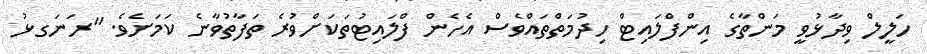
ހަލީލް ވިދާޅުވީ މަންތާގެ އިންފްލައިޓް ހިދުމަތްތައްވެސް އެހެން ފްލައިޓުތަކަށްވުރެ ތަފާތުވާނެ ކަމަށެވެ. "ރަނަގޅު